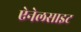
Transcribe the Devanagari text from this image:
ऐनेलसाइट